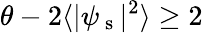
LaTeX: \theta-2\langle|\psi_{\mathrm{~s~}}|^{2}\rangle\geq 2